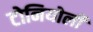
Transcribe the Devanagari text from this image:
टोनियोली